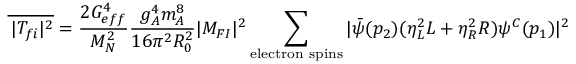
\overline { { { ^ { \, } | T _ { f i } | ^ { 2 } } } } = \frac { 2 G _ { e f f } ^ { 4 } } { M _ { N } ^ { 2 } } \frac { g _ { A } ^ { 4 } m _ { A } ^ { 8 } } { 1 6 \pi ^ { 2 } R _ { 0 } ^ { 2 } } | { \cal M } _ { F I } | ^ { 2 } \sum _ { \mathrm { e l e c t r o n ~ s p i n s } } | { \bar { \psi } } ( p _ { 2 } ) ( \eta _ { L } ^ { 2 } L + \eta _ { R } ^ { 2 } R ) \psi ^ { C } ( p _ { 1 } ) | ^ { 2 }